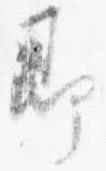
即